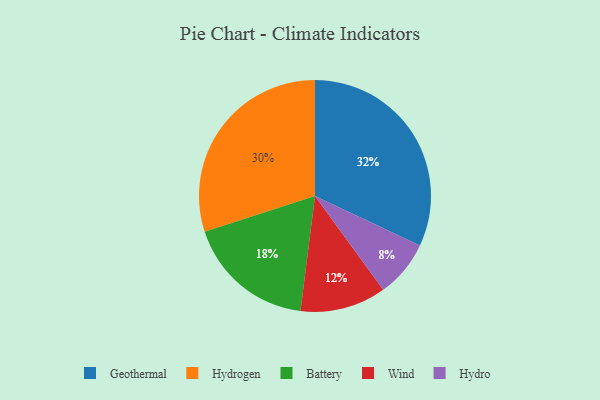
{"axis": {"x": "Category", "y": "Percentage"}, "legend": ["Battery", "Geothermal", "Hydro", "Hydrogen", "Wind"], "data": [{"x": "Geothermal", "y": 32, "type": "Geothermal"}, {"x": "Hydro", "y": 8, "type": "Hydro"}, {"x": "Wind", "y": 12, "type": "Wind"}, {"x": "Hydrogen", "y": 30, "type": "Hydrogen"}, {"x": "Battery", "y": 18, "type": "Battery"}]}